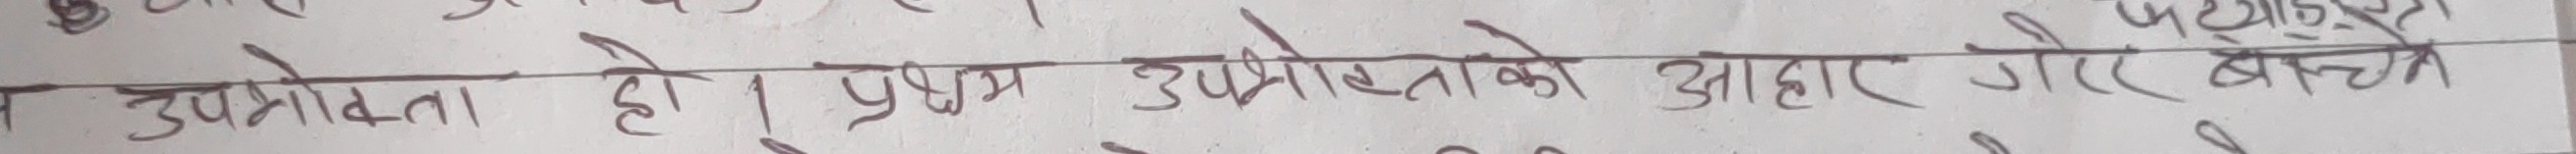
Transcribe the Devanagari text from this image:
उपभोक्ता हो। प्रथम उपभोक्ताको आहार गरेर बाँच्ने